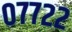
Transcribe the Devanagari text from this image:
०७७२२